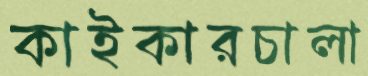
কাইকারচালা